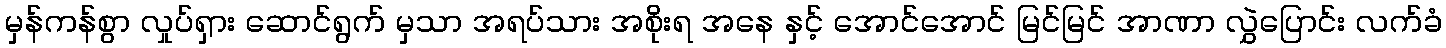
မှန်ကန်စွာ လှုပ်ရှား ဆောင်ရွက် မှသာ အရပ်သား အစိုးရ အနေ နှင့် အောင်အောင် မြင်မြင် အာဏာ လွှဲပြောင်း လက်ခံ